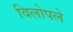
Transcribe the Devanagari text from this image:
विलोपले